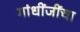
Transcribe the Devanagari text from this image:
गांधींजींचा